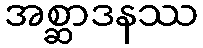
အစ္ဆာဒနဿ